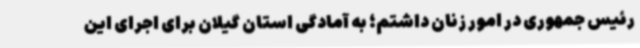
رئیس جمهوری در امور زنان داشتم؛ به آمادگی استان گیلان برای اجرای این